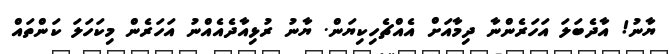
ޔާނު! އާދެބަލަ އަހަރެންނާ ދިމާއަށް އެއްޗެހިކިޔަން. ޔާނު ރުޅިއާދެއެއްނު އަހަރެން މިކަހަލަ ކަންތައް